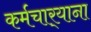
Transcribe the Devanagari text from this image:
कर्मचार्‍याना